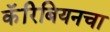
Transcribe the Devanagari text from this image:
कॅरिबियनचा